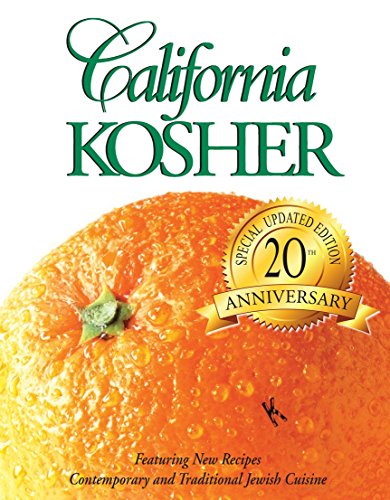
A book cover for California Kosher: Contemporary and Traditional Jewish Cuisine; Women's League of Adat; Cookbooks, Food & Wine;